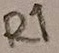
Text: R1